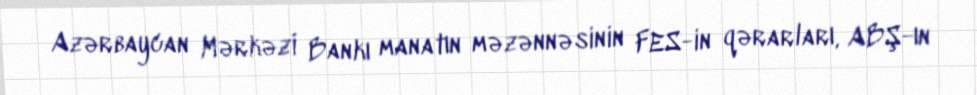
Azərbaycan Mərkəzi Bankı manatın məzənnəsinin FES-in qərarları, ABŞ-ın